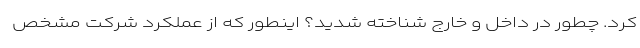
کرد. چطور در داخل و خارج شناخته شدید؟ اینطور که از عملکرد شرکت مشخص